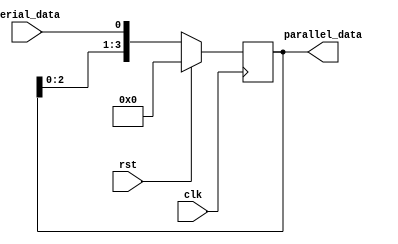
module SIPO_shift_register(
    input clk,
    input rst,
    input serial_data,
    output [3:0] parallel_data
);

reg [3:0] data;

always @(posedge clk) begin
    if (rst) begin
        data <= 4'b0;   // Reset the register to all zeros
    end else begin
        data <= {data[2:0], serial_data};   // Shift input data into the register
    end
end

assign parallel_data = data;

endmodule